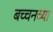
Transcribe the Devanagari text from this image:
बच्चनच्या